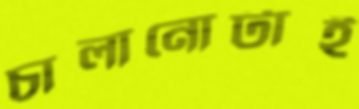
চালানোটাই